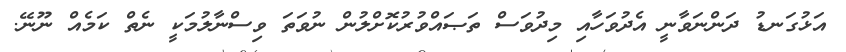
އަޅުގަނޑު ދަންނަވާނީ އެދުވަހާއި މިދުވަސް ތަޞައްވުރުކޮށްލުން ނުވަތަ ވިސްނާލުމަކީ ނެތް ކަމެއް ނޫނޭ.